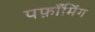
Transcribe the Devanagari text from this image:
पर्फ़ॉर्मिंग